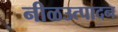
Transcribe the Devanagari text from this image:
नीळउत्पादन